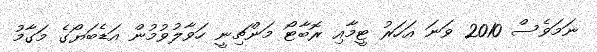
ނަމަވެސް 2010 ވަނަ އަހަރު ޓީމާއި ރޮބާޓޯ މަންޗިނީ ހަވާލުވުމުން އަޑެބަޔޯގެ މަގާމު